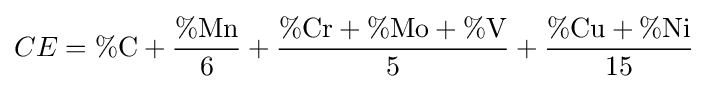
CE=\%{\text{C}}+{\frac {\%{\text{Mn}}}{6}}+{\frac {\%{\text{Cr}}+\%{\text{Mo}}+\%{\text{V}}}{5}}+{\frac {\%{\text{Cu}}+\%{\text{Ni}}}{15}}